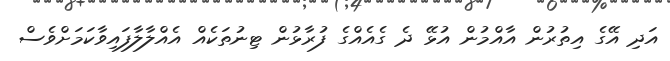
އަދި އޭގެ އިތުރުން އާއްމުން އުޅޭ ދެ ގެއެއްގެ ފުރާޅުން ޓިނުތަކެއް އެއްލާލާފައިވާކަމަށްވެސް